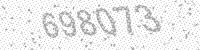
Solution: 698073